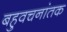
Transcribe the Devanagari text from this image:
बहुवचनांतक